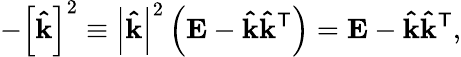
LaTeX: -\left[\mathbf{\hat{k}}\right]^{2}\equiv\left|\mathbf{\hat{k}}\right|^{2}\left(\mathbf{E}-\mathbf{\hat{k}}\mathbf{\hat{k}}^{\mathsf{T}}\right)=\mathbf{E}-\mathbf{\hat{k}}\mathbf{\hat{k}}^{\mathsf{T}},